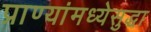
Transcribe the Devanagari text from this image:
प्राण्यांमध्येसुद्धा